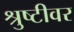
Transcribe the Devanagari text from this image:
श्रुष्टीवर